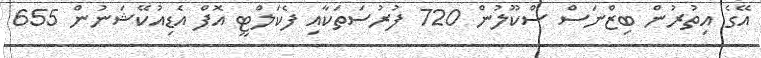
އޭގެ އިތުރުން ބިޒްނަސް ސްކޫލުން 720 ފުރުސަތަކާއި ފެކަލްޓީ އޮފް އެޑިއުކޭޝަނުން 655